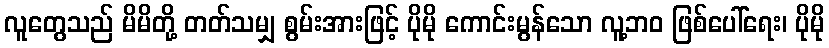
လူတွေသည် မိမိတို့ တတ်သမျှ စွမ်းအားဖြင့် ပိုမို ကောင်းမွန်သော လူ့ဘဝ ဖြစ်ပေါ်ရေး၊ ပိုမို